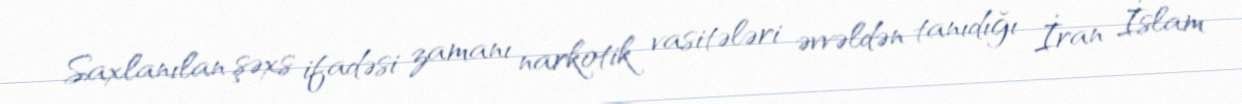
Saxlanılan şəxs ifadəsi zamanı narkotik vasitələri əvvəldən tanıdığı İran İslam